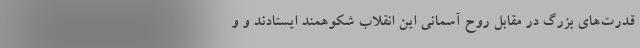
قدرت‌های بزرگ در مقابل روح آسمانی این انقلاب شکوهمند ایستادند و و